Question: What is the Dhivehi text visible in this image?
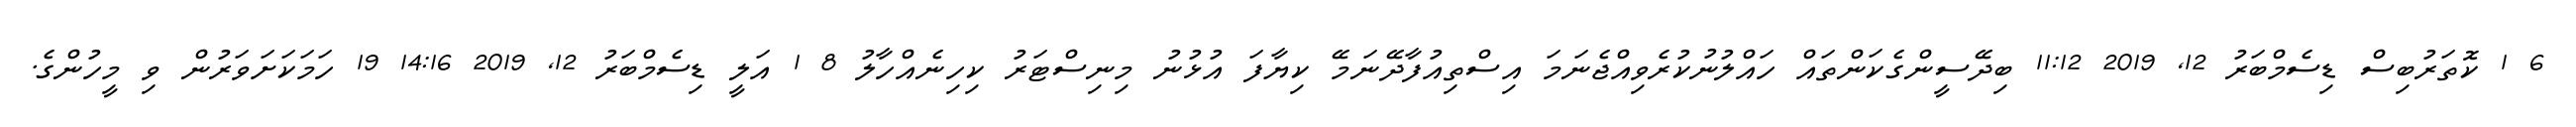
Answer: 6 1 ކޮތަރުބިސް ޑިސެމްބަރު 12, 2019 11:12 ބިދޭސީންގެކަންތައް ހައްލުނުކުރެވިއްޖެނަމަ އިސްތިއުފާދޭނަމޭ ކިޔާފަ އުޅުނު މިނިސްޓަރު ކިހިނެއްހާލު 8 1 އަލީ ޑިސެމްބަރު 12, 2019 14:16 19 ހަމަކަށަވަރުން ވި މީހުންގެ.